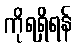
ကိုရရှိရန်